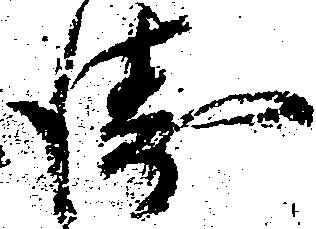
衛